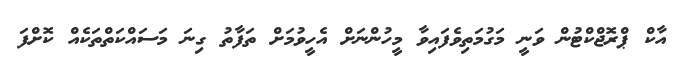
އާކް ޕްރޮޖްކްޓުން ވަނީ މަގުމަތިވެފައިވާ މީހުންނަށް އެހީވުމަށް ތަފާތު ގިނަ މަސައްކަތްތަކެއް ކޮށްފަ